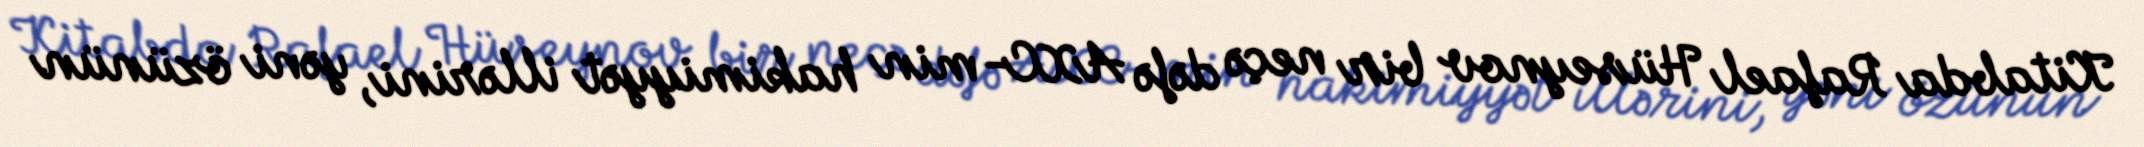
Kitabda Rafael Hüseynov bir neçə dəfə AXC- min hakimiyyət illərini, yəni özünün